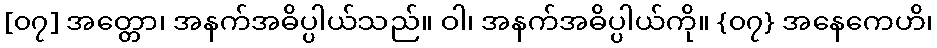
[၀၇] အတ္တော၊ အနက်အဓိပ္ပါယ်သည်။ ဝါ၊ အနက်အဓိပ္ပါယ်ကို။ {၀၇} အနေကေဟိ၊